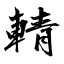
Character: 輤